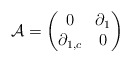
\begin{align*}\mathcal{A}=\begin{pmatrix}0 & \partial_{1}\\\partial_{1,c} & 0\end{pmatrix}\end{align*}